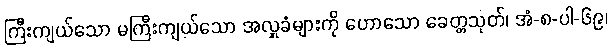
ကြီးကျယ်သော မကြီးကျယ်သော အလှူခံများကို ဟောသော ခေတ္တသုတ်၊ အံ-၈-ပါ-၆၉၊